Senior Leaving Certificate Examination (including Day School Certificate (Higher) General paper), 1946
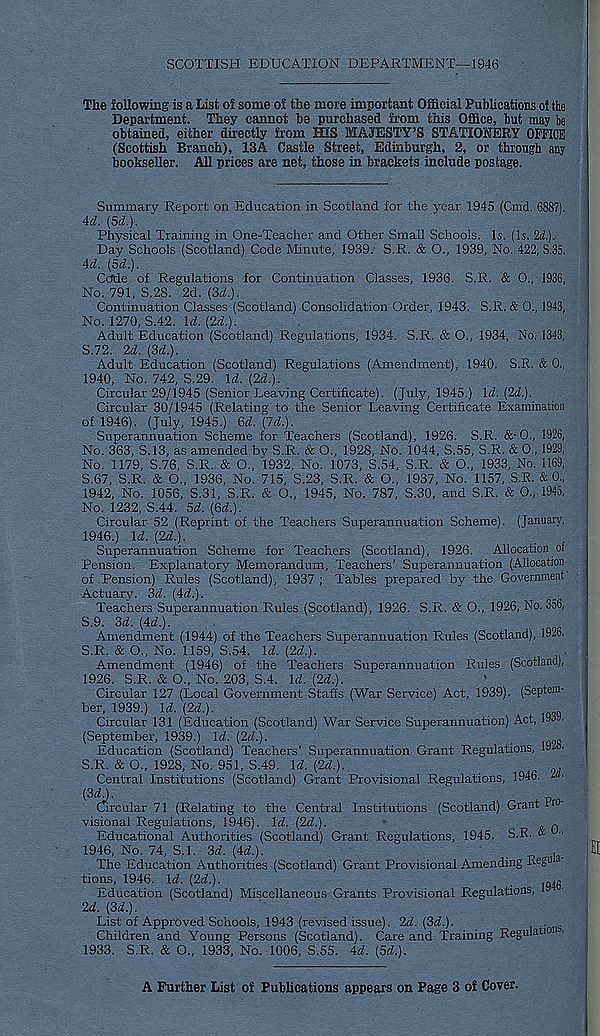
SCOTTISH EDUCATION DEPARTMENT—1946
The following is a List of some of the more important Official Publications of the
Department. They cannot be purchased from this Office, but may be
obtained, either directly from HiS MAJESTY’S STATIONERY OFFICE
(Scottish Branch), ISA Castle Street, Edinburgh, 2, or through any
bookseller. All prices are net, those in brackets include postage.
Summary Report on Education in Scotland for the year 1945 (Cmd. 6887).
4d. (5d.).
Physical Training in One-Teacher and Other Small Schools. Is. (Is. 2d.).-
Day Schools (Scotland) Code Minute, 1939. S.R. & O., 1939, No. 422, S.35.
4d. (5d.).
Cdde of Regulations for Continuation Classes, 1936. S.R. & 0., 1936,
No. 791, 3.28. 2d. [3d:).
Continuation Classes (Scotland) Consolidation Order, 1943. S.R. & 0., 1943,
No. 1270, S.42. Id. [2d.).
Adult Education (Scotland) Regulations, 1934. S.R. & O., 1934, No. 1343,
S.72. 2d. [3d.).
Adult Education (Scotland) Regulations (Amendment), 1940. S.R. & 0.,
1940, No. 742, S.29. Id. [2d.).
Circular 29/1945 (Senior Leaving Certificate). (July, 1945.) Id. [2d.).
Circular 30/1945 (Relating to the Senior Leaving Certificate Examination
of 1946). (July, 1945.) 6d. [Id.).
Superannuation Scheme for Teachers (Scotland), 1926. S.R. &• O., 1926,
No. 363, S.13, as amended by S.R. & O., 1928, No. 1044, S.55, S.R. & 0., 1929,
No. 1179, S.76, S.R. & O., 1932, No. 1073, S.54, S.R. & 0., 1933, No. 1169,
S.67, S.R. & O., 1936, No. 715, 8.23, S.R. & O., 1937, No. 1157, S.R. & 0.,
1942, No. 1056, S.31, S.R. & O., 1945, No. 787, S.30, and S.R. & 0., 1945,
No. 1232, S.44. 5d. [6d.).
Circular 52 (Reprint of the Teachers Superannuation Scheme). (January,
1946.) Id. [2d.).
Superannuation Scheme for Teachers (Scotland), 1926. Allocation of
Pension. Explanatory Memorandum, Teachers’ Superannuation (Allocation
of Pension) Rules (Scotland), 1937 ; Tables prepared by the Government
Actuary. 3d. [4d.).
^
\
Teachers Superannuation Rules (Scotland), 1926. S.R. & O., 1926, No. 356,
S.9. 3d. (4d.).
Amendment (1944) of the Teachers Superannuation Rules (Scotland), 1926.
S.R. & O., No. 1159, S.54. Id. [2d.).
■ 1
Amendment (1946) of the Teachers Superannuation Rules (Scotland),
1926. S.R. & O., No. 203, S.4. Id. [2d.).
Circular 127 (Local Government Staffs (War Service) Act, 1939). (Septem-
ber, 1939.) Id. [2d.).
Circular 131 (Education (Scotland) War Service Superannuation) Act, 1939,
;
(September, 1939.) Id. [2d.).
_
Education (Scotland) Teachers’ Superannuation Grant Regulations, 192o.
S.R. & O., 1928, No. 951, S.49. Id. [2d.).
Central Institutions (Scotland) Grant Provisional Regulations, 1946. 2 .
Circular 71 (Relating to the Central Institutions (Scotland) Grant Pro
visional Regulations, 1946). Id. [2d.).
„
Educational Authorities (Scotland) Grant Regulations, 1945. S.R. “ "
1946, No. 74, S.l. 3d. [4d.).
.
,
The Education Authorities (Scotland) Grant Provisional Amending Reg 11
tions, 1946. Id. (2d.).
-.g
Education (Scotland) Miscellaneous Grants Provisional Regulations, 1
2d. (3d.).
List of Approved Schools, 1943 (revised issue). 2d. (3^.).
Children and Young Persons (Scotland). Care and Training Regulatw ■
1933. S.R. & 0., 1933, No. 1006, S.55. 4d. (3d).
A Further List of Publications appears on Page 3 of Cover.